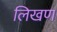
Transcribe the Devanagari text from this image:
लिखण